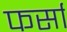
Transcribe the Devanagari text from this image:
फर्सा